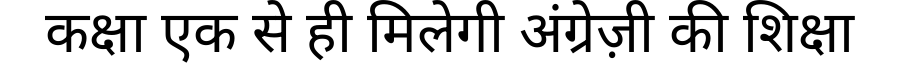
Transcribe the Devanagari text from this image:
कक्षा एक से ही मिलेगी अंग्रेज़ी की शिक्षा